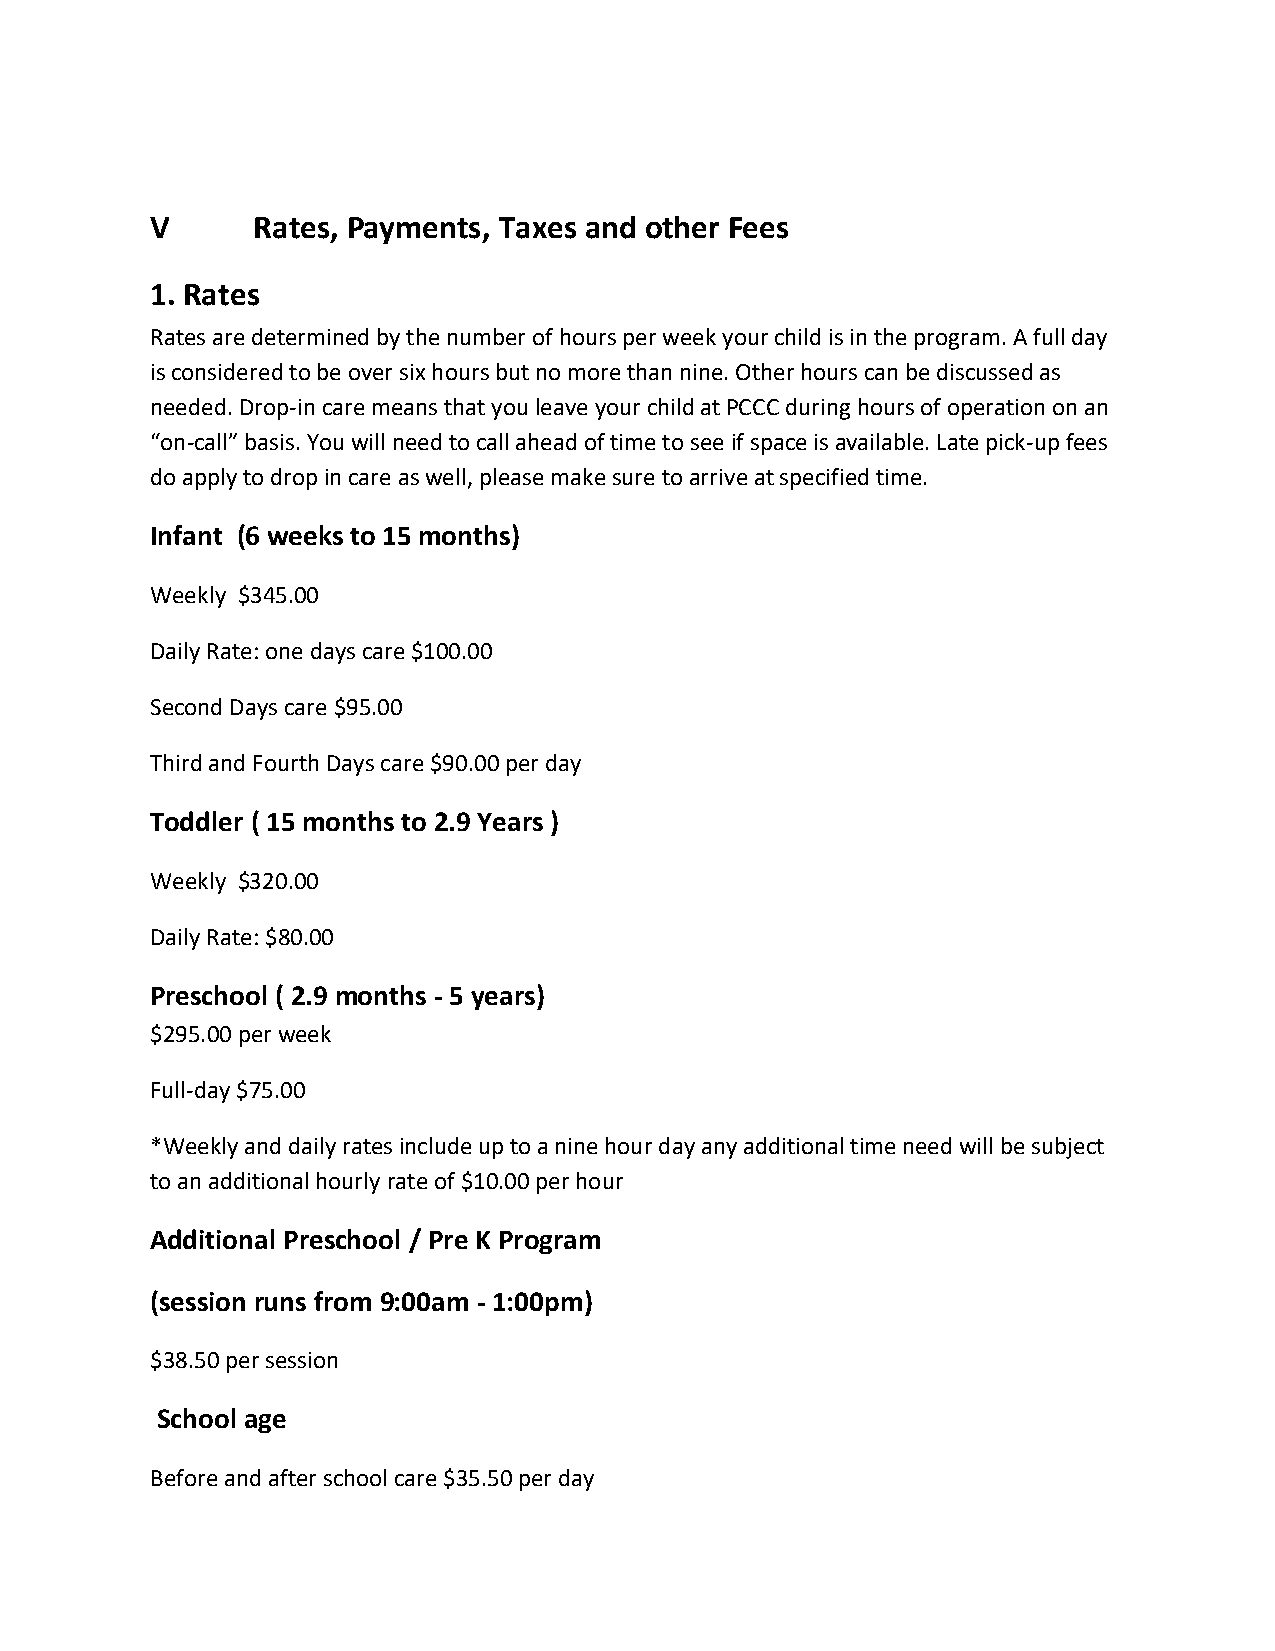
V      Rates, Payments, Taxes and other Fees
 1. Rates
 Rates are determined by the number of hours per week your child is in the program. A full day
 is considered to be over six hours but no more than nine. Other hours can be discussed as
 needed. Drop-in care means that you leave your child at PCCC during hours of operation on an
 “on-call” basis. You will need to call ahead of time to see if space is available. Late pick-up fees
 do apply to drop in care as well, please make sure to arrive at specified time.
 Infant (6 weeks to 15 months)
 Weekly $345.00
 Daily Rate: one days care $100.00
 Second Days care $95.00
 Third and Fourth Days care $90.00 per day
 Toddler ( 15 months to 2.9 Years )
 Weekly $320.00
 Daily Rate: $80.00
 Preschool ( 2.9 months - 5 years)
 $295.00 per week
 Full-day $75.00
 *Weekly and daily rates include up to a nine hour day any additional time need will be subject
 to an additional hourly rate of $10.00 per hour
 Additional Preschool / Pre K Program
 (session runs from 9:00am - 1:00pm)
 $38.50 per session
 School age
 Before and after school care $35.50 per day